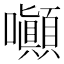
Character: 𡅥